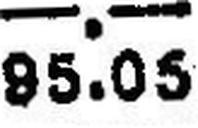
95.05